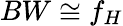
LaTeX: BW\cong f_{H}